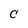
Character: C